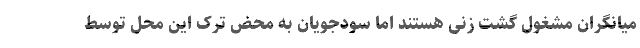
میانگران مشغول گشت زنی هستند اما سودجویان به محض ترک این محل توسط